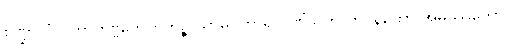
စဏ္ဍာလံ ပဟာတဗ္ဗဟေတုကဉ္စ သာဓုဝိဟာရိ ဂဏှိံသူတိ တပနတော အမဿုကော